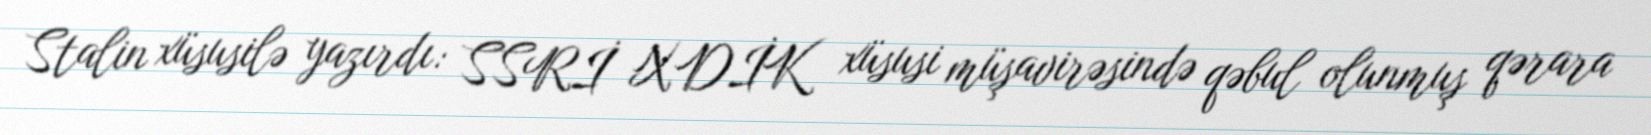
Stalin xüsusilə yazırdı: SSRİ XDİK xüsusi müşavirəsində qəbul olunmuş qərara